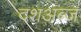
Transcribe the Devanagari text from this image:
दशअब्ज